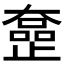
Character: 𡚍